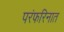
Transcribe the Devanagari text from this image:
परंफरिनात